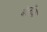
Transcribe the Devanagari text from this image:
बेलॉक